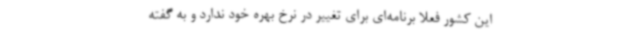
این کشور فعلاً برنامه‌ای برای تغییر در نرخ بهره خود ندارد و به گفته